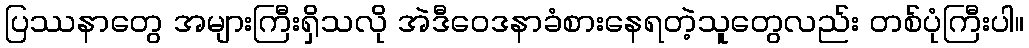
ပြဿနာတွေ အများကြီးရှိသလို အဲဒီဝေဒနာခံစားနေရတဲ့သူတွေလည်း တစ်ပုံကြီးပါ။